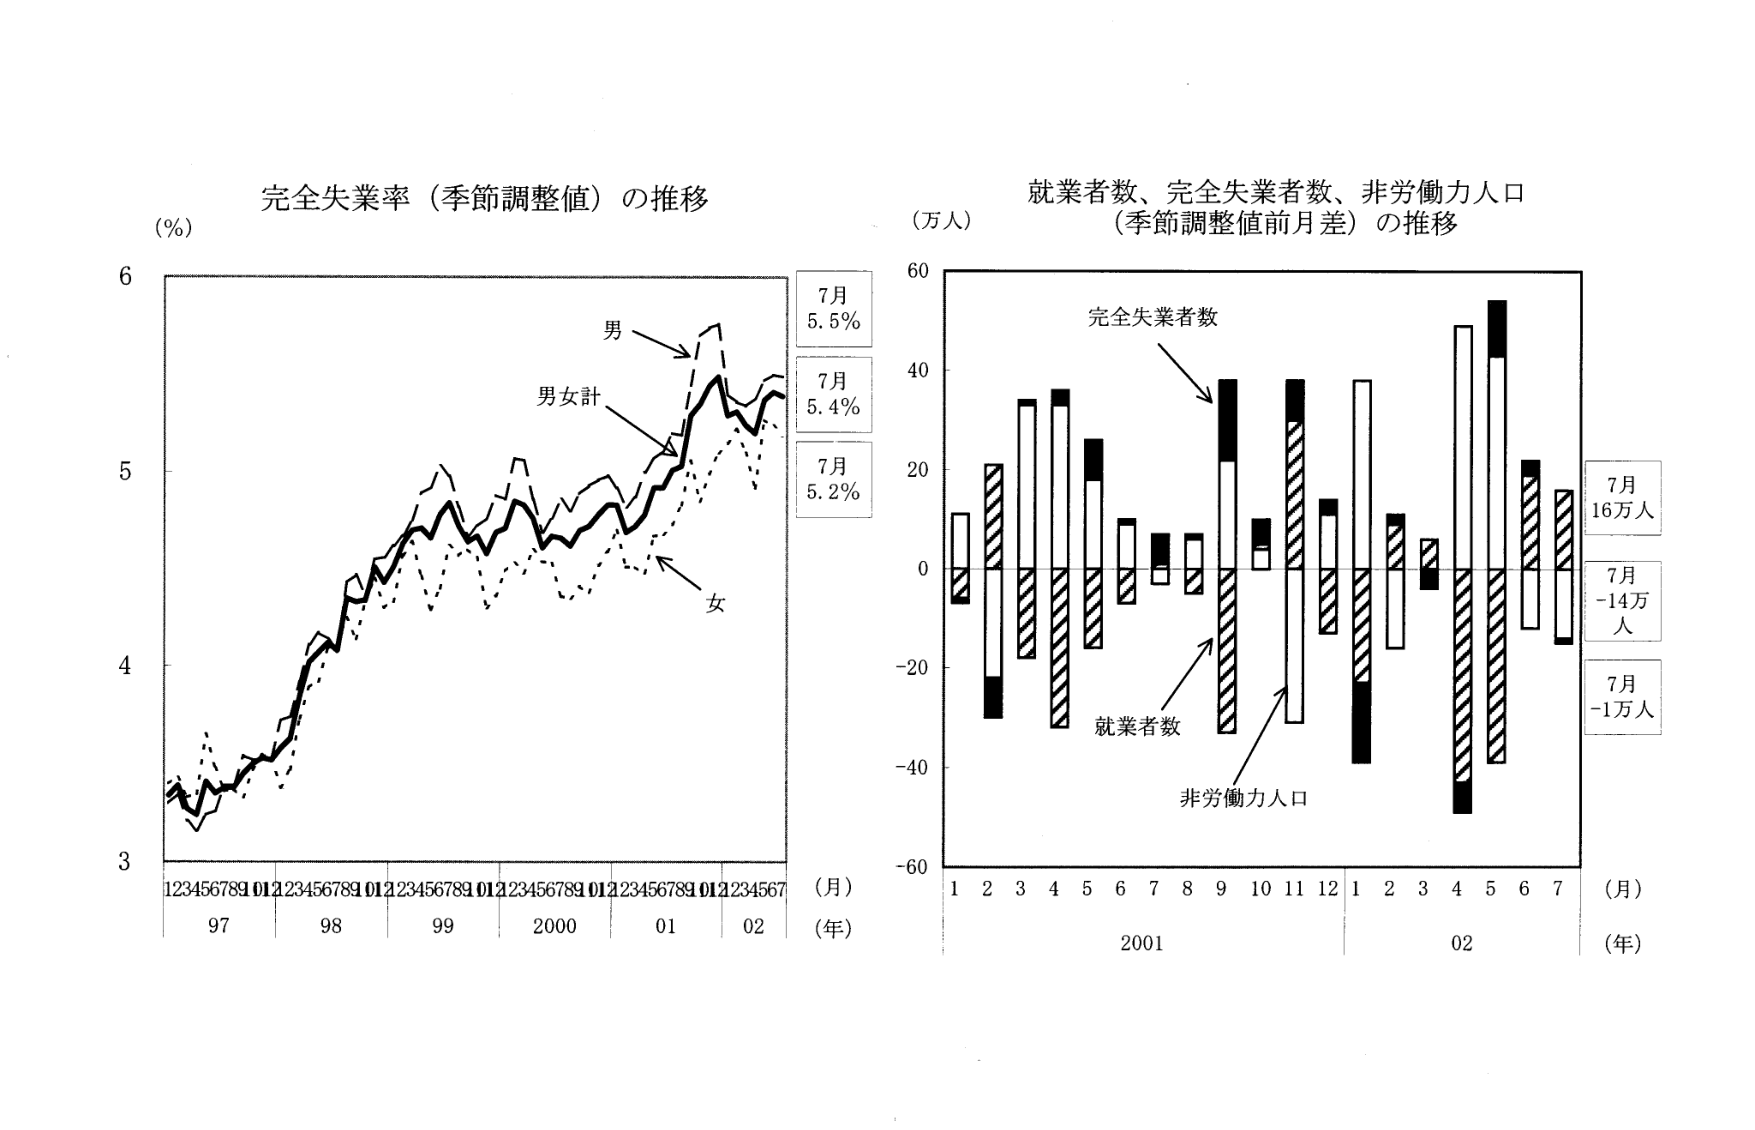
完全失業率（季節調整値）の推移
(%)
6
5
4
3
123456789 01 23456789 01 23456789 01 23456789 01 234567
97 98 99 2000 01 02
(月)
(年)
男
男女計
女
7月
5.5%
7月
5.4%
7月
5.2%

就業者数、完全失業者数、非労働力人口
（季節調整値前月差）の推移
(万人)
60
40
20
0
-20
-40
-60
1 2 3 4 5 6 7 8 9 10 11 12 1 2 3 4 5 6 7
2001 02
(月)
(年)
完全失業者数
就業者数
非労働力人口
7月
16万人
7月
-14万人
7月
-1万人